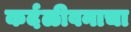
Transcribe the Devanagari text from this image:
कर्दळीवनाचा